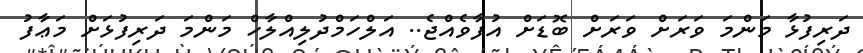
ދަރިފުޅާ މަންމަ ވަރަށް ވަރަށް ބޮޑަށް އުފާވެއްޖެ.. އަލްހަމްދުލިއްލާހް މަންމަ ދަރިފުޅަށް މަޢާފު